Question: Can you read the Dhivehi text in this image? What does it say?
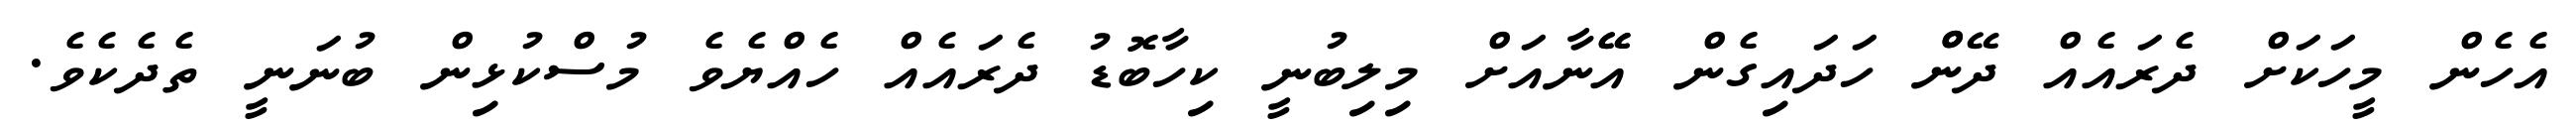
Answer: އެހެން މީހަކަށް ދެރައެއް ދޭންް ހަދައިގެން އޭޭނާއަށް މިލިބުނީ ކިހާބޮޑު ދެރައެއް ހެއްޔެވެ މުސްކުޅިން ބުނަނީ ތެދެކެވެ.